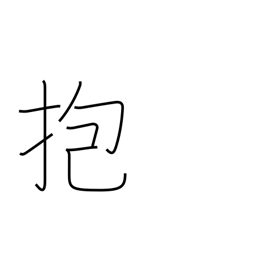
Meaning: embrace